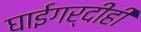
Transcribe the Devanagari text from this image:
घाईगर्दीही